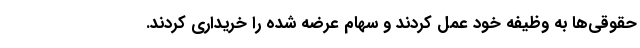
حقوقی‌ها به وظیفه خود عمل کردند و سهام عرضه شده را خریداری کردند.